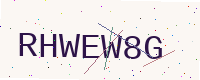
Text: RHWEW8G